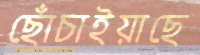
ছোঁচাইয়াছে